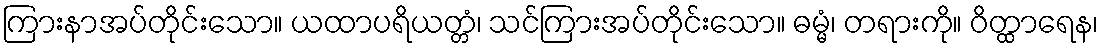
ကြားနာအပ်တိုင်းသော။ ယထာပရိယတ္တံ၊ သင်ကြားအပ်တိုင်းသော။ ဓမ္မံ၊ တရားကို။ ဝိတ္ထာရေန၊